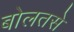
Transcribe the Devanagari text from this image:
बोलतसे